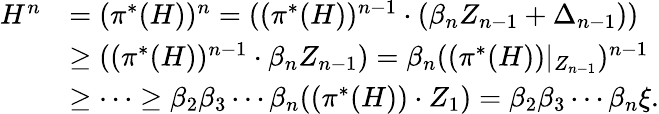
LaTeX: \begin{array}{rl}{H^{n}}&{=(\pi^{*}(H))^{n}=((\pi^{*}(H))^{n-1}\cdot(\beta_{n}Z_{n-1}+\Delta_{n-1}))}\\ &{\geq((\pi^{*}(H))^{n-1}\cdot\beta_{n}Z_{n-1})=\beta_{n}((\pi^{*}(H))|_{Z_{n-1}})^{n-1}}\\ &{\geq\cdots\geq\beta_{2}\beta_{3}\cdots\beta_{n}((\pi^{*}(H))\cdot Z_{1})=\beta_{2}\beta_{3}\cdots\beta_{n}\xi.}\end{array}